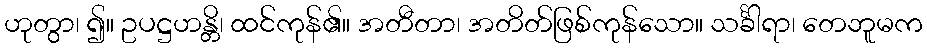
ဟုတွာ၊ ၍။ ဥပဋ္ဌဟန္တိ၊ ထင်ကုန်၏။ အတီတာ၊ အတိတ်ဖြစ်ကုန်သော။ သင်္ခါရာ၊ တေဘူမက